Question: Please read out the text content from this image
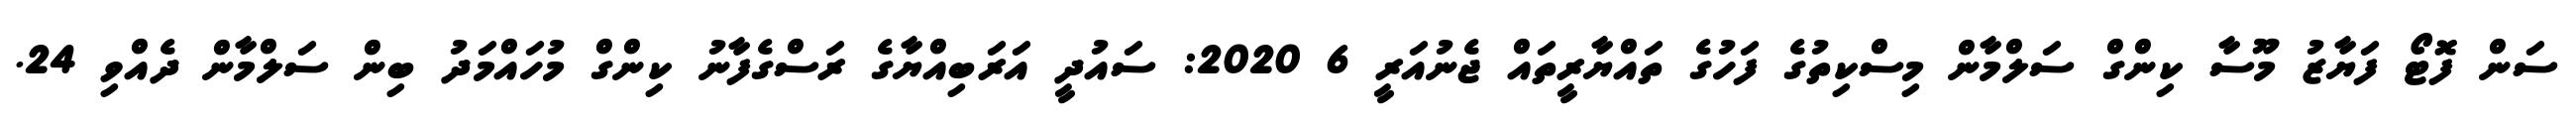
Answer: ސަން ފޮޓޯ ފަޔާޒު މޫސާ ކިންގް ސަލްމާން މިސްކިތުގެ ފަހުގެ ތައްޔާރީތައް ޖެނުއަރީ 6 2020: ސައުދީ އަރަބިއްޔާގެ ރަސްގެފާނު ކިންގް މުހައްމަދު ބިން ސަލްމާން ދެއްވި 24.